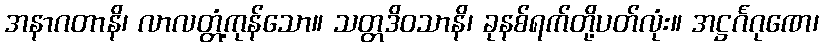
အနာဂတာနိ၊ လာလတ္တံ့ကုန်သော။ သတ္တဒိဝသာနိ၊ ခုနစ်ရက်တို့ပတ်လုံး။ အဋ္ဌင်္ဂဂုဏေ၊